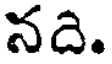
నది.